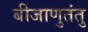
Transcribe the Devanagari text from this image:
बीजाणुतंतु